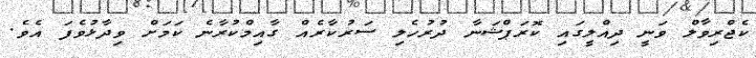
ކެޖްރިވާލް ވަނީ ދިއްލީގައި ކޮރަޕްޝަނާ ދުރުހެލި ސަރުކާރެއް ގާއިމްކުރާނެ ކަމަށް ވިދާޅުވެފަ އެވެ.